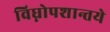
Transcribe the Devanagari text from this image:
विघ्नोपशान्तये